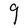
Character: g